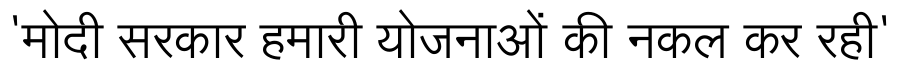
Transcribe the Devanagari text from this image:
'मोदी सरकार हमारी योजनाओं की नकल कर रही'